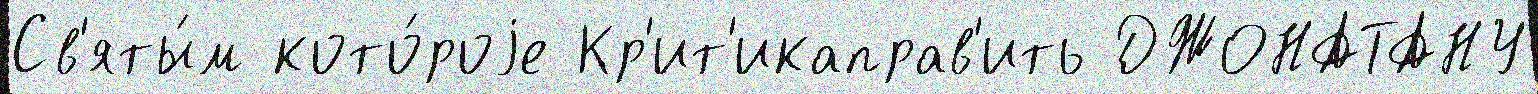
Св'яты́м кото́роjе Кр'ит'икаправ'ить ДЖОНАТАНУ